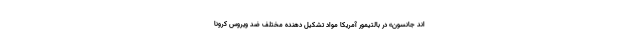
اند جانسون» در بالتیمور آمریکا مواد تشکیل دهنده مختلف ضد ویروس کرونا